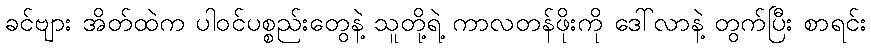
ခင်ဗျား အိတ်ထဲက ပါဝင်ပစ္စည်းတွေနဲ့ သူတို့ရဲ့ ကာလတန်ဖိုးကို ဒေါ်လာနဲ့ တွက်ပြီး စာရင်း